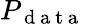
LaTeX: P_{\mathrm{~d~a~t~a~}}